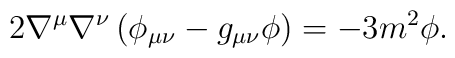
2\nabla^\mu\nabla^\nu \left( \phi_{\mu\nu} - g_{\mu\nu}\phi \right)      = -3 m^2 \phi.